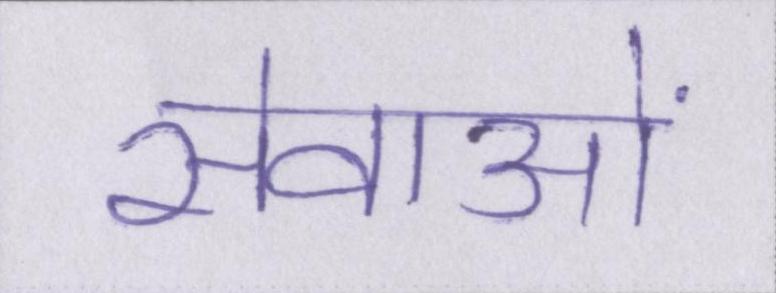
सेवाओं